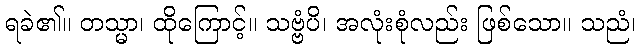
ရခဲ၏။ တသ္မာ၊ ထိုကြောင့်။ သဗ္ဗံပိ၊ အလုံးစုံလည်း ဖြစ်သော။ သညံ၊